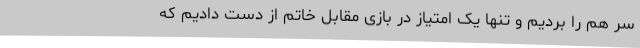
سر هم را بردیم و تنها یک امتیاز در بازی مقابل خاتم از دست دادیم که